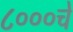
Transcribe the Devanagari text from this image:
८०००चे